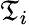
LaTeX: \mathfrak{T}_{i}